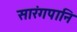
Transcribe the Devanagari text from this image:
सारंगपानि